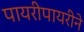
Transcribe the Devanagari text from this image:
पायरीपायरीने